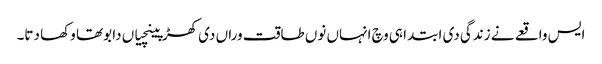
ایس واقعے نے زندگی دی ابتدا ہی وچ انہاں نوں طاقت وراں دی کھڑپینچیاں دا بوتھا وکھا دتا۔